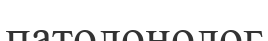
патолонолог